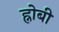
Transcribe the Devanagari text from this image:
ह्नोबी